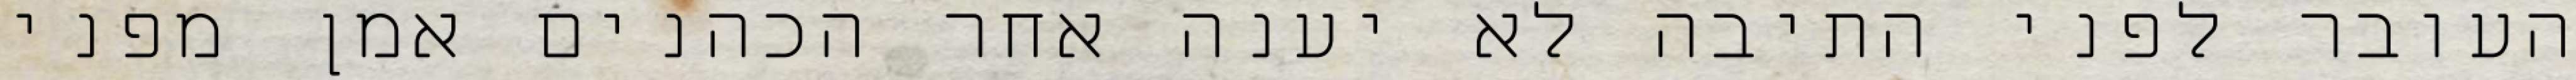
העובר לפני התיבה לא יענה אחר הכהנים אמן מפני